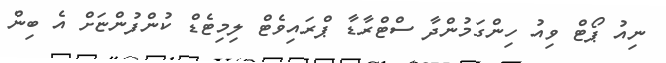
ނިއު ޕޯޓް ވިއު ހިންގަމުންދާ ސްޓްރާޑާ ޕްރައިވެޓް ލިމިޓެޑް ކުންފުންޏަށް އެ ބިން